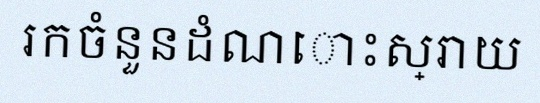
រកចំនួនដំណោះស្រាយ